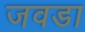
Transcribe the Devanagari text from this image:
जवडा